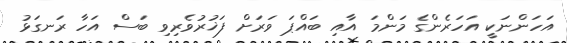
އަހަންނަކީ އަހަރެންގެ މަންމަ އާއި ބައްޕަ ވަރަށް ފަޚުރުވެރިވި ބަސް އަހާ ރަނގަޅު